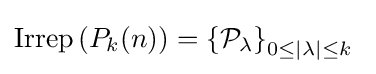
{\text{Irrep}}\left(P_{k}(n)\right)=\left\{{\mathcal {P}}_{\lambda }\right\}_{0\leq |\lambda |\leq k}\